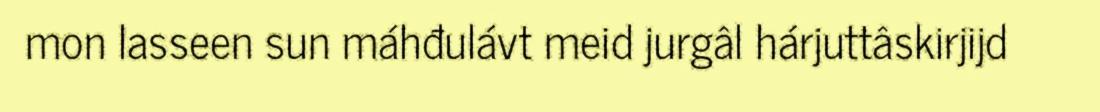
mon lasseen sun máhđulávt meid jurgâl hárjuttâskirjijd